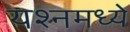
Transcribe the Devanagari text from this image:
यश्नमध्ये